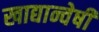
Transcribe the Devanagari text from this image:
खाद्यान्वेषी